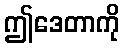
ဤဒေတာကို